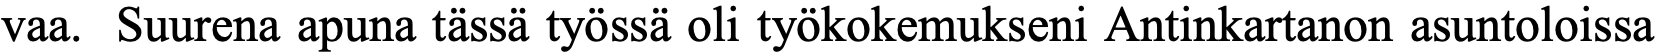
vaa. Suurena apuna tässä työssä oli työkokemukseni Antinkartanon asuntoloissa